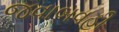
જવાબવહી